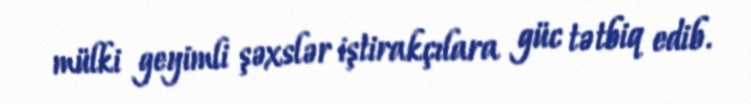
mülki geyimli şəxslər iştirakçılara güc tətbiq edib.